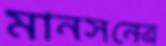
মানসনেত্র